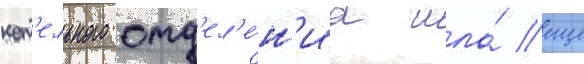
кот'ельного отд'ел'е́н'иа шла́ еще